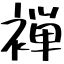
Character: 褝